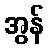
အွန်